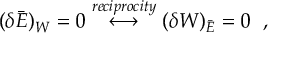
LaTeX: ( \delta \bar { E } ) _ { W } = 0 \stackrel { r e c i p r o c i t y } { \longleftrightarrow } ( \delta W ) _ { \bar { E } } = 0 \; \; ,